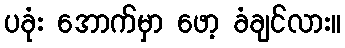
ပခုံး အောက်မှာ ဖော့ ခံချင်လား။